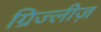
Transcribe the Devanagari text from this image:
ग्रिज्लीज़